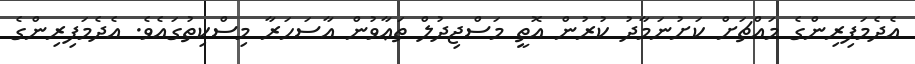
އެދެމަފިރިންގެ މައްޗަށް ކަށުނަމާދު ކުރުން އޮތީ މަސްޖިދުލް ތަޢާވުން އާސަހަރާ މިސްކިތުގައެވެ. އެދެމަފިރިންގެ